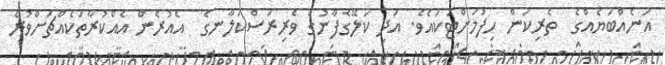
އަނެއްބަޔެއްގެ  ތެރިކަން ހިފުމަށްޓަކައެވެ. އަދި ކަލޭގެފާނުގެ ވެރިރަސްކަލާނގެ  އެއުރެން އެއްކުރާތަކެއްޗަށްވުރެ